Quinine and its salts - Number 41
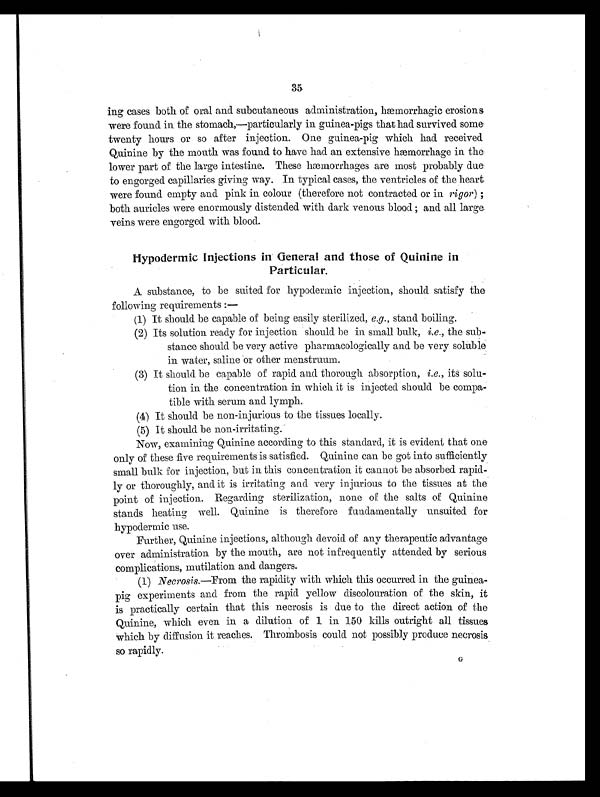
35
ing cases both of oral and subcutaneous administration, hæmorrhagic erosions
were found in the stomach,—particularly in guinea-pigs that had survived soma
twenty hours or so after injection. One guinea-pig which had received
Quinine by the mouth was found to have had an extensive hæmorrhage in the
lower part of the large intestine. These hæmorrhages are most probably due
to engorged capillaries giving way. In typical cases, the ventricles of the heart
were found empty and pink in colour (therefore not contracted or in rigor) ;
both auricles were enormously distended with dark venous blood ; and all large.
veins were engorged with blood.
Hypodermic Injections in General and those of Quinine in
Particular.
A substance, to be suited for hypodermic injection, should satisfy the
following requirements :—
(1) It should be capable of being easily sterilized, e.g., stand boiling.
(2) Its solution ready for injection should be in small bulk, i.e., the sub-
stance should be very active pharmacologically and be very soluble
in water, saline or other menstruum.
(3) It should be capable of rapid and thorough absorption, i.e., its solu-
tion in the concentration in which it is injected should be compa-
tible with serum and lymph.
(4) It should be non-injurious to the tissues locally.
(5) It should be non-irritating.
Now, examining Quinine according to this standard, it is evident that one
only of these five requirements is satisfied. Quinine can be got into sufficiently
small bulk for injection, but in this concentration it cannot be absorbed rapid-
ly or thoroughly, and it is irritating and very injurious to the tissues at the
point of injection. Regarding sterilization, none of the salts of Quinine
stands heating well. Quinine is therefore fundamentally unsuited for
hypodermic use.
Further, Quinine injections, although devoid of any therapeutic advantage
over administration by the mouth, are not infrequently attended by serious
complications, mutilation and dangers.
(1) Necrosis.—From the rapidity with which this occurred in the guinea-
pig experiments and from the rapid yellow discolouration of the skin, it
is practically certain that this necrosis is due to the direct action of the
Quinine, which even in a dilution of 1 in 150 kills outright all tissues
which by diffusion it reaches. Thrombosis could not possibly produce necrosis
so rapidly.